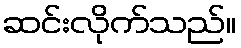
ဆင်းလိုက်သည်။